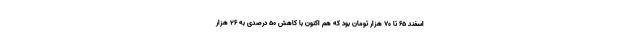
اسفند ۶۵ تا ۷۰ هزار تومان بود که هم اکنون با کاهش ۵۰ درصدی به ۲۶ هزار